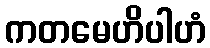
ကတမေဟိပါဟံ